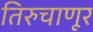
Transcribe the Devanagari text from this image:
तिरुचाणूर